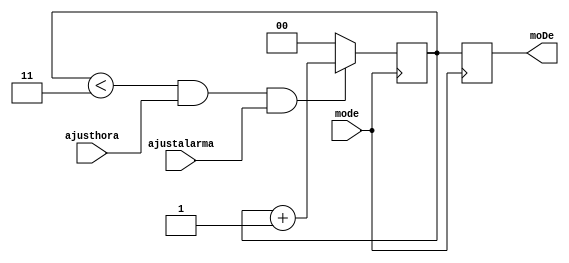
`timescale 1ns / 1ps
//////////////////////////////////////////////////////////////////////////////////
// Company: 
// Engineer: 
// 
// Design Name: 
// Module Name:    Mode 
// Project Name: 
// Target Devices: 
// Tool versions: 
// Description: 
//
// Dependencies: 
//
// Revision: 
// Revision 0.01 - File Created
// Additional Comments: 
//
//////////////////////////////////////////////////////////////////////////////////
module Mode(mode, ajusthora, ajustalarma, moDe);

    input mode, ajusthora, ajustalarma;
	 output reg [1:0]moDe;
	 
	 reg [1:0] count = 0;
	 
	 always @(posedge mode)
	        begin
			  if(count<2'b11 && ajusthora!=0 && ajustalarma!=0)
			    begin
				 count<=count+1;
				 end
			  else begin
			    count<=0;
				 end 
				moDe = count;
	end
		 
endmodule